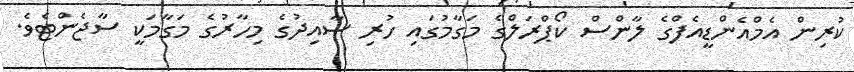
ކުރިން އެމްއެންޑީއެފްގެ ލާންސް ކޯޕްރަލްގެ މަގާމުގައި ހުރި ސާއިދުގެ މިހާރުގެ މަގާމަކީ ސާޖެންޓެވެ.